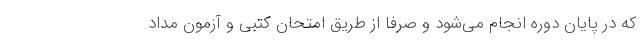
که در پایان دوره انجام می‌شود و صرفا از طریق امتحان کتبی و آزمون مداد